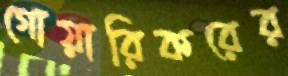
গোয়ারিকরের